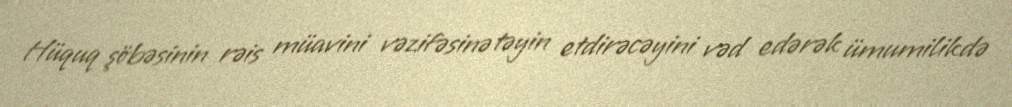
Hüquq şöbəsinin rəis müavini vəzifəsinə təyin etdirəcəyini vəd edərək ümumilikdə